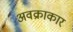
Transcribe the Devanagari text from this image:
अवक्राकार